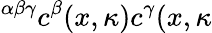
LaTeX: ^{\alpha\beta\gamma}c^{\beta}(x,\kappa)c^{\gamma}(x,\kappa